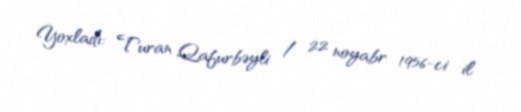
Yoxladı: Turan Qafurbəyli / 22 noyabr 1956-ci il